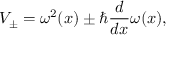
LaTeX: V _ { \pm } = \omega ^ { 2 } ( x ) \pm \hbar \frac { d } { d x } \omega ( x ) ,